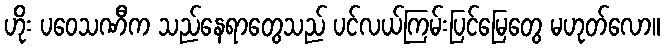
ဟိုး ပဝေသဏီက သည်နေရာတွေသည် ပင်လယ်ကြမ်းပြင်မြေတွေ မဟုတ်လော။